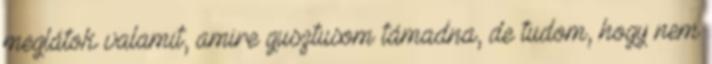
meglátok valamit, amire gusztusom támadna, de tudom, hogy nem